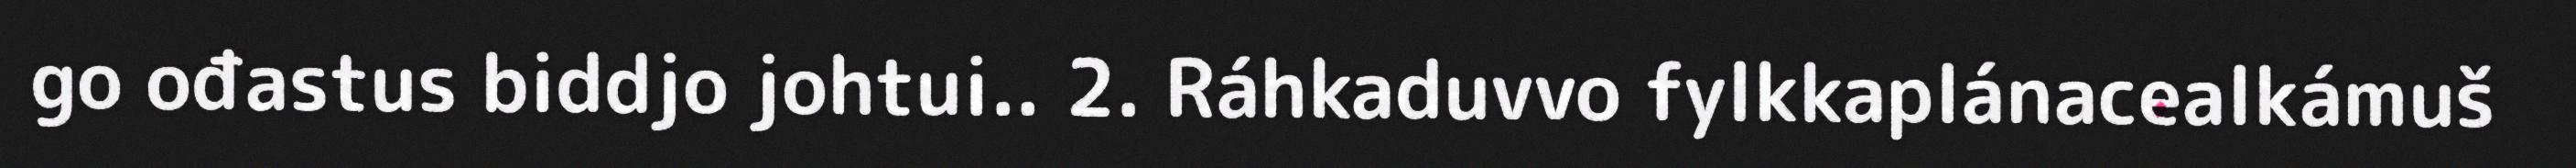
go ođastus biddjo johtui.. 2. Ráhkaduvvo fylkkaplánacealkámuš